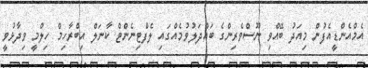
އެމްއެންޑީއެފުން މިއަދު ބޭއްވި ނޫސްވެރިންގެ ބައްދަލުވުމެއްގައި ލެފްޓިނެންޓް ކާނަލް އިބްރާހިމް ހިލްމީ ވިދާޅުވީ